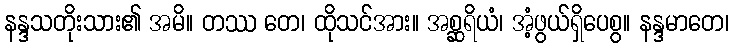
နန္ဒသတိုးသား၏ အမိ။ တဿ တေ၊ ထိုသင်အား။ အစ္ဆရိယံ၊ အံ့ဖွယ်ရှိပေစွ။ နန္ဒမာတေ၊